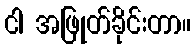
ငါ အဖြုတ်ခိုင်းတာ။